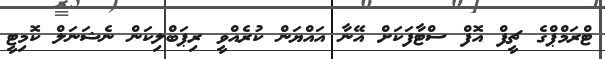
ޓްރަމްޕްގެ ޗީފް އޮފް ސްޓާފަކަށް އޭނާ އައްޔަން ކުރެއްވީ ރިޕަބްލިކަން ނެޝަނަލް ކޮމިޓީ